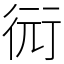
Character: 衏